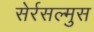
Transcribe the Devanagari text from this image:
सेर्रसल्मुस